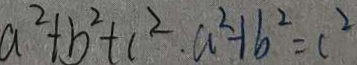
a ^ { 2 } + b ^ { 2 } + 1 ^ { 2 } . a ^ { 2 } + b ^ { 2 } = c ^ { 2 }